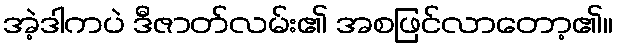
အဲ့ဒါကပဲ ဒီဇာတ်လမ်း၏ အစဖြင်လာတော့၏။